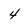
Character: 4